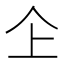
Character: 𠆳